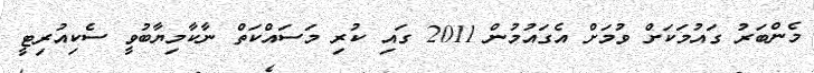
މެންބަރު ގައުމަކަށް ވުމަށް އެގައުމުން 2011 ގައި ކުރި މަސައްކަތް ނާކާމިޔާބުވީ ސެކިއުރިޓީ